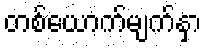
တစ်ယောက်မျက်နှာ